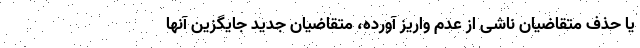
یا حذف متقاضیان ناشی از عدم واریز آورده، متقاضیان جدید جایگزین آنها